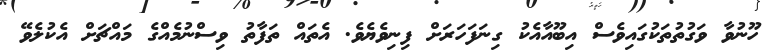
ހޫނުވާ ވަގުތުތަކުގައިވެސް އިބޫއާއެކު ގިނަފަހަރަށް ފިނިވެޔެވެ. އެތައް ތަފާތު ވިސްނުމެއްގެ މައްޗަށް އެކުލެވޭ